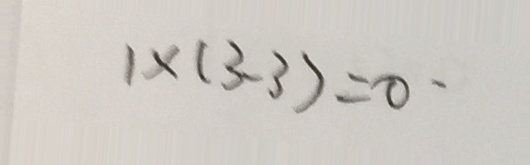
1 \times ( 3 - 3 ) = 0 .